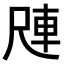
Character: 𪨑